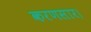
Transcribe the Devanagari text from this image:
करणसार।